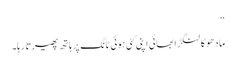
‘‘
مادھو کا لنگڑا بھائی اپنی کٹی ہوئی ٹانگ پر ہاتھ پھیرتا رہا۔